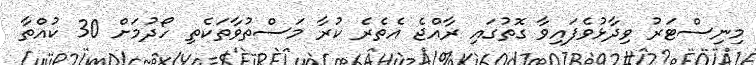
މިނިސްޓަރު ވިދާޅުވެފައިވާ ގޮތުގައި ރާއްޖެ އެތެރެ ކުރާ މަސްތުވާތަކެތި ހޯދުމަށް 30 ކުއްތާ